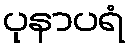
ပုနာပရံ